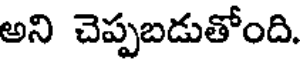
అని చెప్పబడుతోంది.